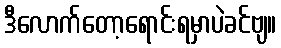
ဒီလောက်တော့ရောင်းရမှာပဲခင်ဗျ။